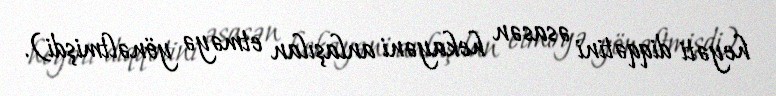
heyəti diqqətini əsasən hekayəni anlaşılan etməyə yönəltmişdi).